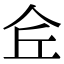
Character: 𠇯